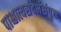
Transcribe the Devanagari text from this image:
पाश्चात्यसंदर्भसंपृक्त